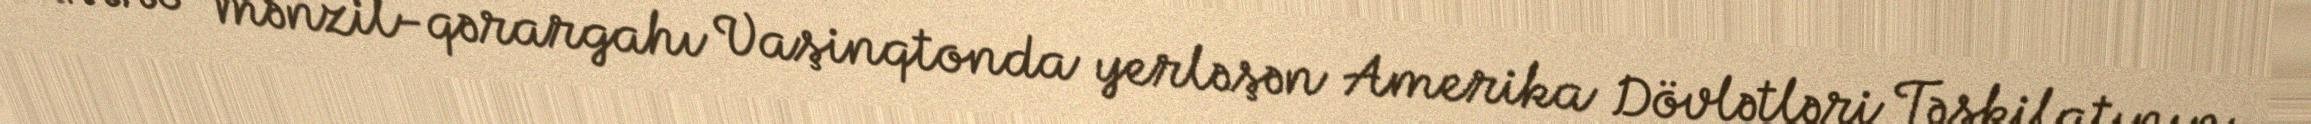
Kastro mənzil-qərargahı Vaşinqtonda yerləşən Amerika Dövlətləri Təşkilatının